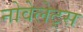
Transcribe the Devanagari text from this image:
नोवेलेट्स